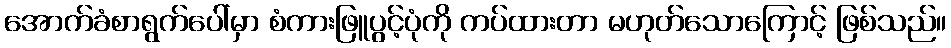
အောက်ခံစာရွက်ပေါ်မှာ စံကားဖြူပွင့်ပုံကို ကပ်ထားတာ မဟုတ်သောကြောင့် ဖြစ်သည်။